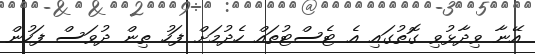
އޭނާ ވިދާޅުވި ގޮތުގައި އެ ޓެސްޓުތައް ހެދުމަށް ފަހު ތިން ދުވަސް ފަހުން